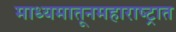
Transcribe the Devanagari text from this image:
माध्यमातूनमहाराष्ट्रात